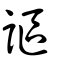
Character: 謳